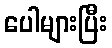
ပေါများပြီး